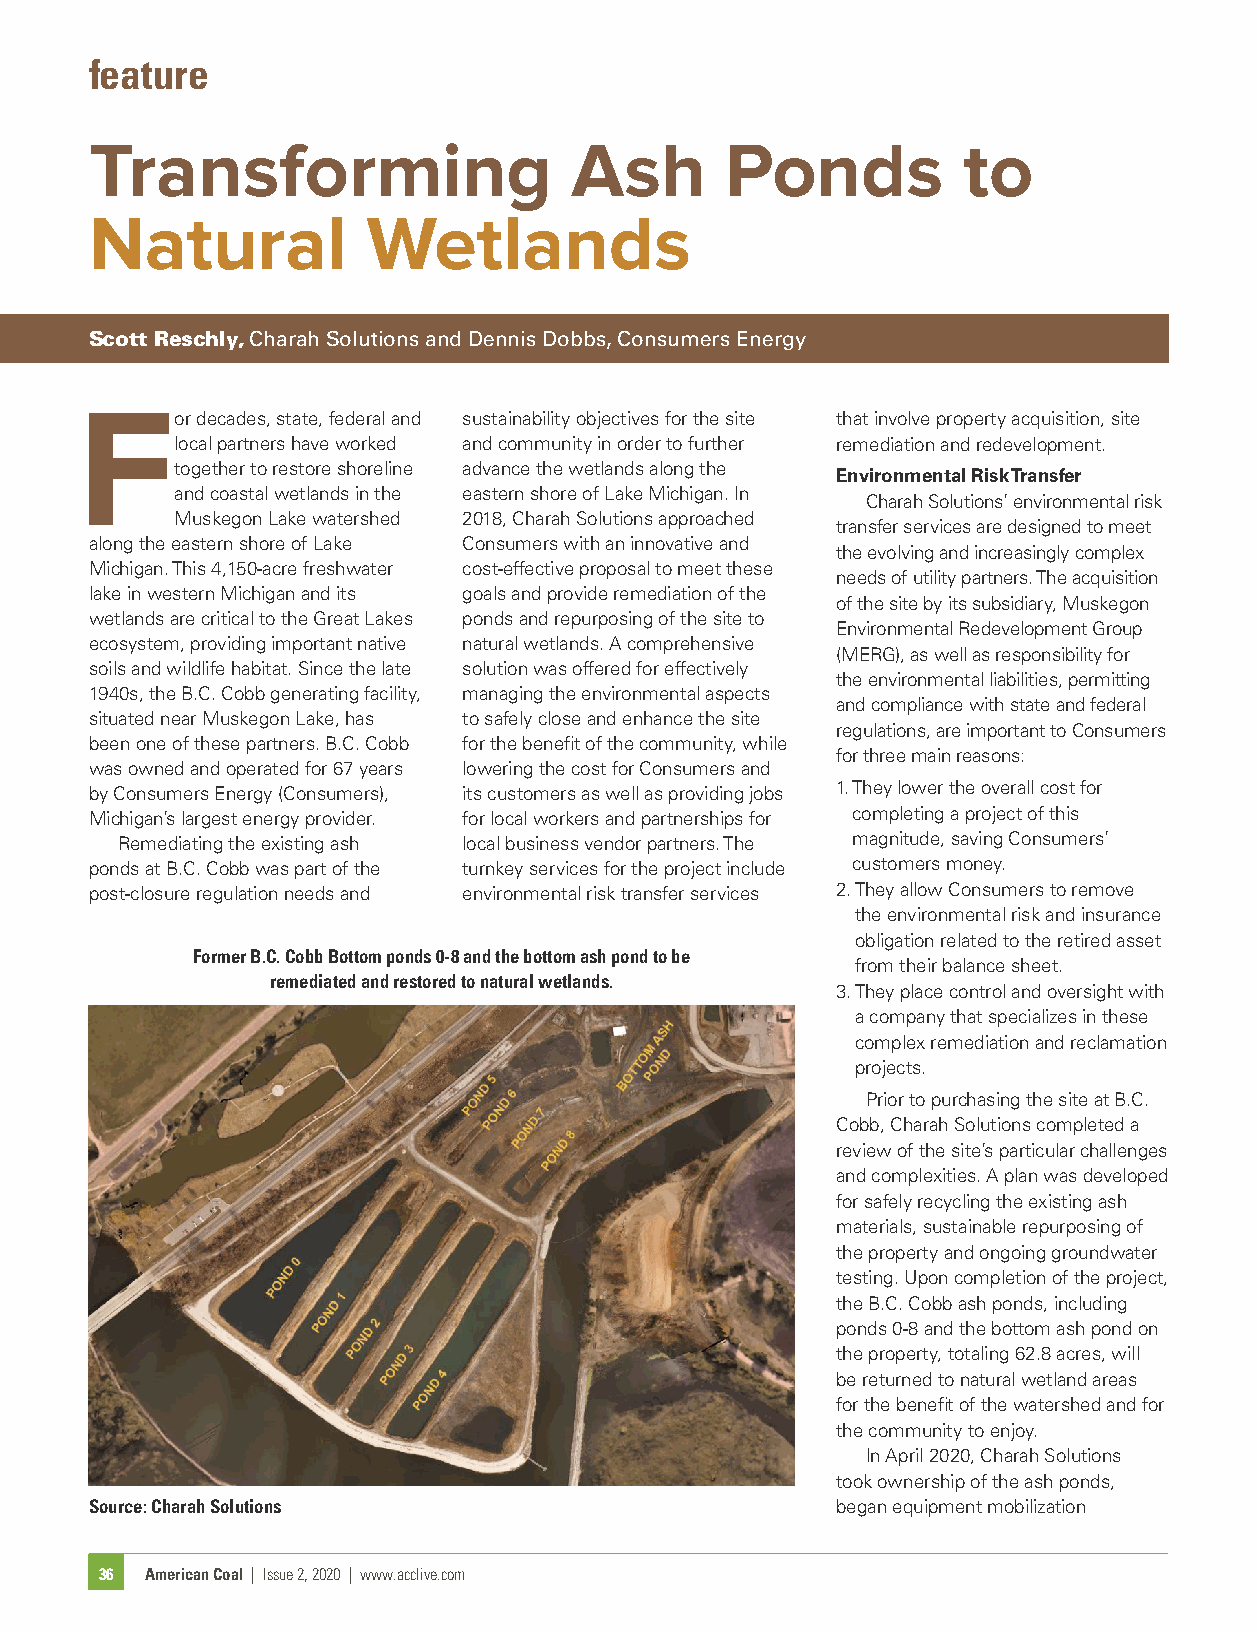
feature
 Transforming                    Ash       Ponds           to
 Natural           Wetlands
 Scott Reschly, Charah Solutions and Dennis Dobbs, Consumers Energy
 F      or decades, state, federal and sustainability objectives for the site that involve property acquisition, site
 local partners have worked and community in order to further remediation and redevelopment.
 together to restore shoreline advance the wetlands along the
 Environmental Risk Transfer
 and coastal wetlands in the eastern shore of Lake Michigan. In
 Charah Solutions’ environmental risk
 Muskegon Lake watershed 2018, Charah Solutions approached
 transfer services are designed to meet
 along the eastern shore of Lake Consumers with an innovative and
 the evolving and increasingly complex
 Michigan. This 4,150-acre freshwater cost-effective proposal to meet these
 needs of utility partners. The acquisition
 lake in western Michigan and its goals and provide remediation of the
 of the site by its subsidiary, Muskegon
 wetlands are critical to the Great Lakes ponds and repurposing of the site to
 Environmental Redevelopment Group
 ecosystem, providing important native natural wetlands. A comprehensive
 (MERG), as well as responsibility for
 soils and wildlife habitat. Since the late solution was offered for effectively
 the environmental liabilities, permitting
 1940s, the B.C. Cobb generating facility, managing the environmental aspects
 and compliance with state and federal
 situated near Muskegon Lake, has to safely close and enhance the site
 regulations, are important to Consumers
 been one of these partners. B.C. Cobb for the benefit of the community, while
 for three main reasons:
 was owned and operated for 67 years lowering the cost for Consumers and
 by Consumers Energy (Consumers), its customers as well as providing jobs 1. They lower the overall cost for
 Michigan’s largest energy provider. for local workers and partnerships for completing a project of this
 Remediating the existing ash local business vendor partners. The magnitude, saving Consumers’
 ponds at B.C. Cobb was part of the turnkey services for the project include customers money.
 post-closure regulation needs and environmental risk transfer services 2. They allow Consumers to remove
 the environmental risk and insurance
 obligation related to the retired asset
 Former B.C. Cobb Bottom ponds 0-8 and the bottom ash pond to be
 from their balance sheet.
 remediated and restored to natural wetlands.
 3. They place control and oversight with
 a company that specializes in these
 complex remediation and reclamation
 projects.
 Prior to purchasing the site at B.C.
 Cobb, Charah Solutions completed a
 review of the site’s particular challenges
 and complexities. A plan was developed
 for safely recycling the existing ash
 materials, sustainable repurposing of
 the property and ongoing groundwater
 testing. Upon completion of the project,
 the B.C. Cobb ash ponds, including
 ponds 0-8 and the bottom ash pond on
 the property, totaling 62.8 acres, will
 be returned to natural wetland areas
 for the benefit of the watershed and for
 the community to enjoy.
 In April 2020, Charah Solutions
 took ownership of the ash ponds,
 Source: Charah Solutions                         began equipment mobilization
 36 American Coal | Issue 2, 2020 | www.acclive.com